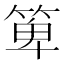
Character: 箄